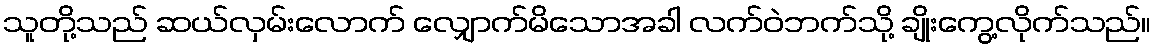
သူတို့သည် ဆယ်လှမ်းလောက် လျှောက်မိသောအခါ လက်ဝဲဘက်သို့ ချိုးကွေ့လိုက်သည်။